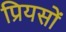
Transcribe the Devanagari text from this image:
प्रियसों